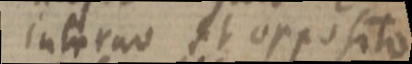
Interno et opposito